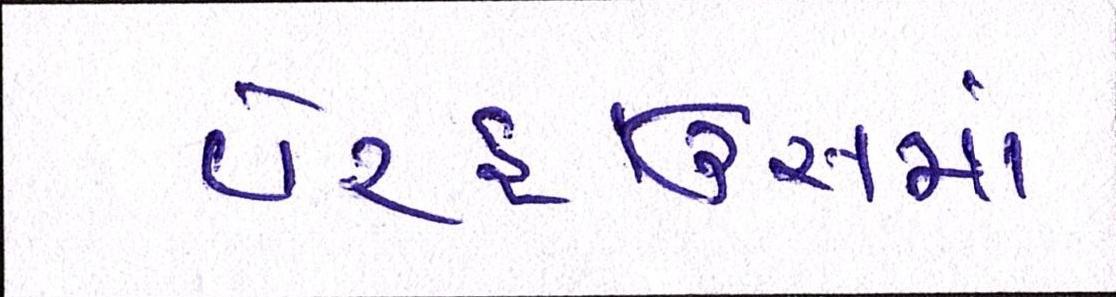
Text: વેરહાઉસમાં